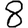
Digit: 8